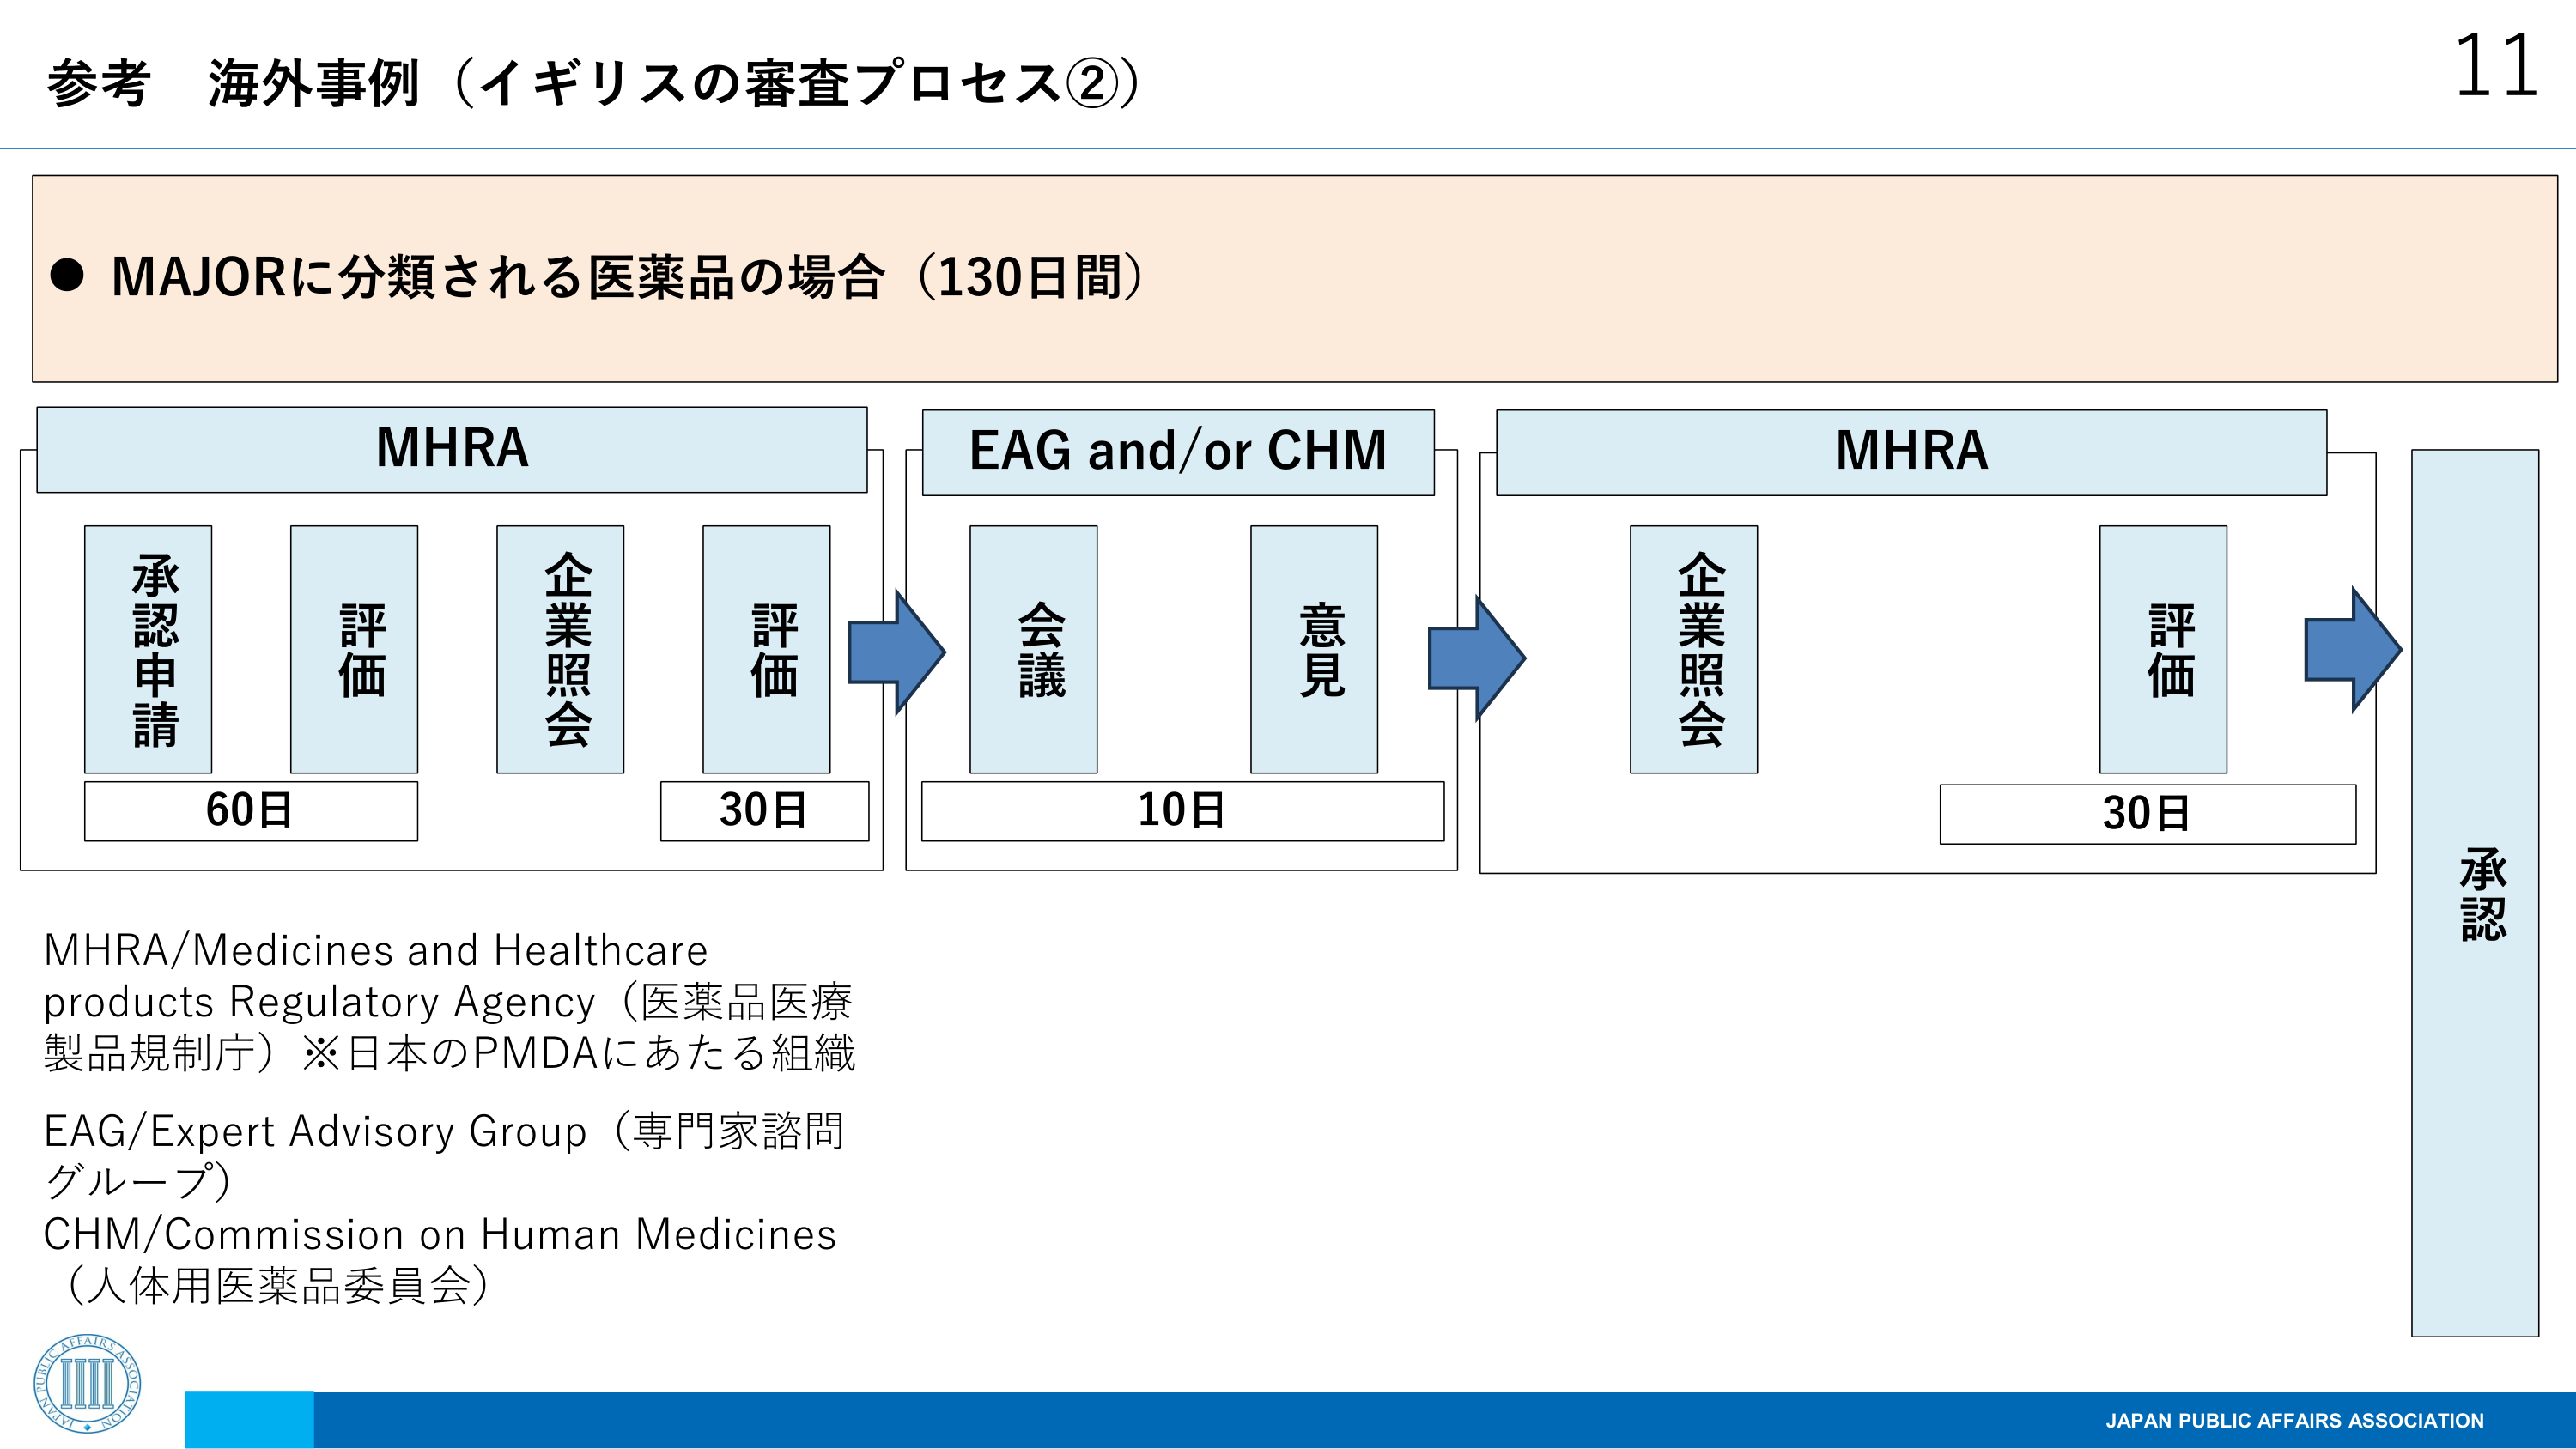
参考 海外事例（イギリスの審査プロセス②）

● MAJORに分類される医薬品の場合（130日間）

MHRA
承認申請
評価
企業照会
評価
60日
30日

EAG and/or CHM
会議
意見
10日

MHRA
企業照会
評価
30日

承認

MHRA/Medicines and Healthcare products Regulatory Agency（医薬品医療製品規制庁）※日本のPMDAにあたる組織
EAG/Expert Advisory Group（専門家諮問グループ）
CHM/Commission on Human Medicines（人体用医薬品委員会）

JAPAN PUBLIC AFFAIRS ASSOCIATION
11